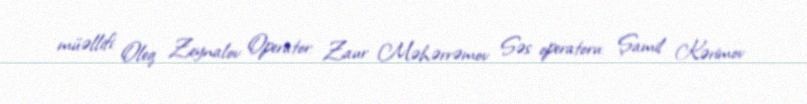
müəllifi: Oleq Zeynalov Operator: Zaur Məhərrəmov Səs operatoru: Şamil Kərimov